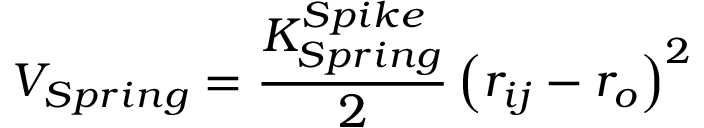
V _ { S p r i n g } = \frac { K _ { S p r i n g } ^ { S p i k e } } { 2 } \left( r _ { i j } - r _ { o } \right) ^ { 2 }